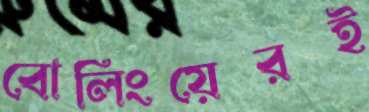
বোলিংয়েরই